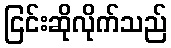
ငြင်းဆိုလိုက်သည်